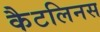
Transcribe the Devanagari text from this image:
कैटलिनस